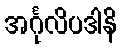
အင်္ဂုလိပဒါနိ